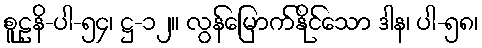
စူဠနိ-ပါ-၅၄၊ ဋ္ဌ-၁၂။ လွန်မြောက်နိုင်သော ဒါန၊ ပါ-၅၈၊